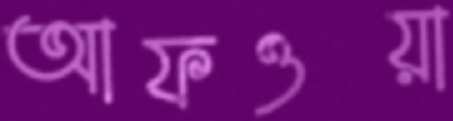
আফওয়া